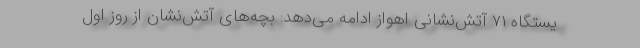
یستگاه ۷۱ آتش‌نشانی اهواز ادامه می‌دهد: بچه‌های آتش‌نشان از روز اول